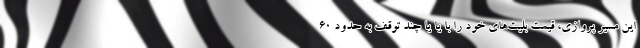
این مسیر پروازی، قیمت بلیت‌های خود را با یا یا چند توقف به حدود ۶۰